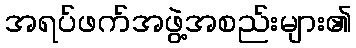
အရပ်ဖက်အဖွဲ့အစည်းများ၏